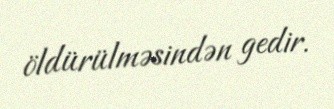
öldürülməsindən gedir.